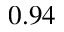
0 . 9 4